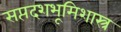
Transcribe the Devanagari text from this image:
सप्तदशभूमिशास्त्र